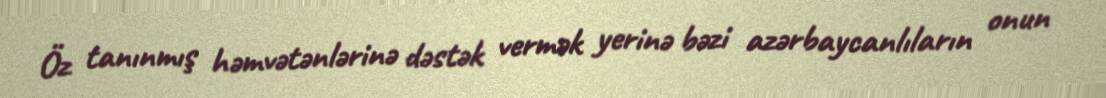
Öz tanınmış həmvətənlərinə dəstək vermək yerinə bəzi azərbaycanlıların onun